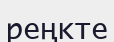
реңкте